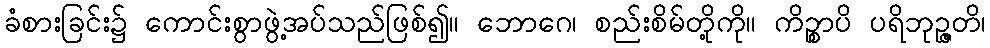
ခံစားခြင်း၌ ကောင်းစွာဖွဲ့အပ်သည်ဖြစ်၍။ ဘောဂေ၊ စည်းစိမ်တို့ကို။ ကိဉ္စာပိ ပရိဘုဉ္ဇတိ၊